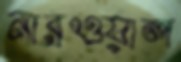
নারওয়াল